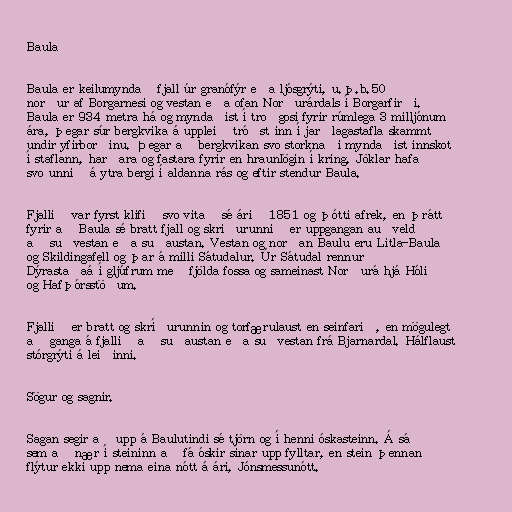
Baula

Baula er keilumyndað fjall úr granófýr eða ljósgrýti, u.þ.b.50
norður af Borgarnesi og vestan eða ofan Norðurárdals í Borgarfirði.
Baula er 934 metra há og myndaðist í troðgosi fyrir rúmlega 3 milljónum
ára, þegar súr bergkvika á uppleið tróðst inn í jarðlagastafla skammt
undir yfirborðinu. Þegar að bergkvikan svo storknaði myndaðist innskot
í staflann, harðara og fastara fyrir en hraunlögin í kring. Jöklar hafa
svo unnið á ytra bergi í aldanna rás og eftir stendur Baula.

Fjallið var fyrst klifið svo vitað sé árið 1851 og þótti afrek, en þrátt
fyrir að Baula sé bratt fjall og skriðurunnið er uppgangan auðveld
að suðvestan eða suðaustan. Vestan og norðan Baulu eru Litla-Baula
og Skildingafell og þar á milli Sátudalur. Úr Sátudal rennur
Dýrastaðaá í gljúfrum með fjölda fossa og sameinast Norðurá hjá Hóli
og Hafþórsstöðum.

Fjallið er bratt og skríðurunnin og torfærulaust en seinfarið, en mögulegt
að ganga á fjallið að suðaustan eða suðvestan frá Bjarnardal. Hálflaust
stórgrýti á leiðinni.

Sögur og sagnir.

Sagan segir að upp á Baulutindi sé tjörn og í henni óskasteinn. Á sá
sem að nær í steininn að fá óskir sínar upp fylltar, en stein þennan
flýtur ekki upp nema eina nótt á ári, Jónsmessunótt.